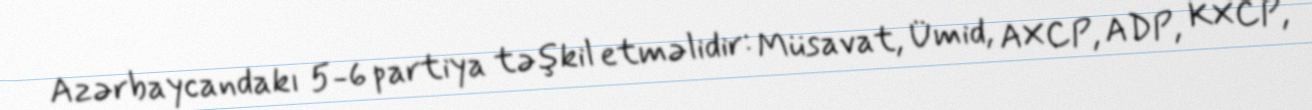
Azərbaycandakı 5-6 partiya təşkil etməlidir: Müsavat, Ümid, AXCP, ADP, KXCP,